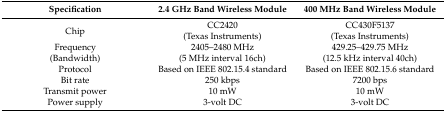
| Specification | 2.4 GHz Band Wireless Module | 400 MHz Band Wireless Module |
 | --- | --- | --- |
 | Chip | CC2420(Texas Instruments) | CC430F5137(Texas Instruments) |
 | Frequency(Bandwidth) | 2405–2480 MHz(5 MHz interval 16ch) | 429.25–429.75 MHz(12.5 kHz interval 40ch) |
 | Protocol | Based on IEEE 802.15.4 standard | Based on IEEE 802.15.6 standard |
 | Bit rate | 250 kbps | 7200 bps |
 | Transmit power | 10 mW | 10 mW |
 | Power supply | 3-volt DC | 3-volt DC |